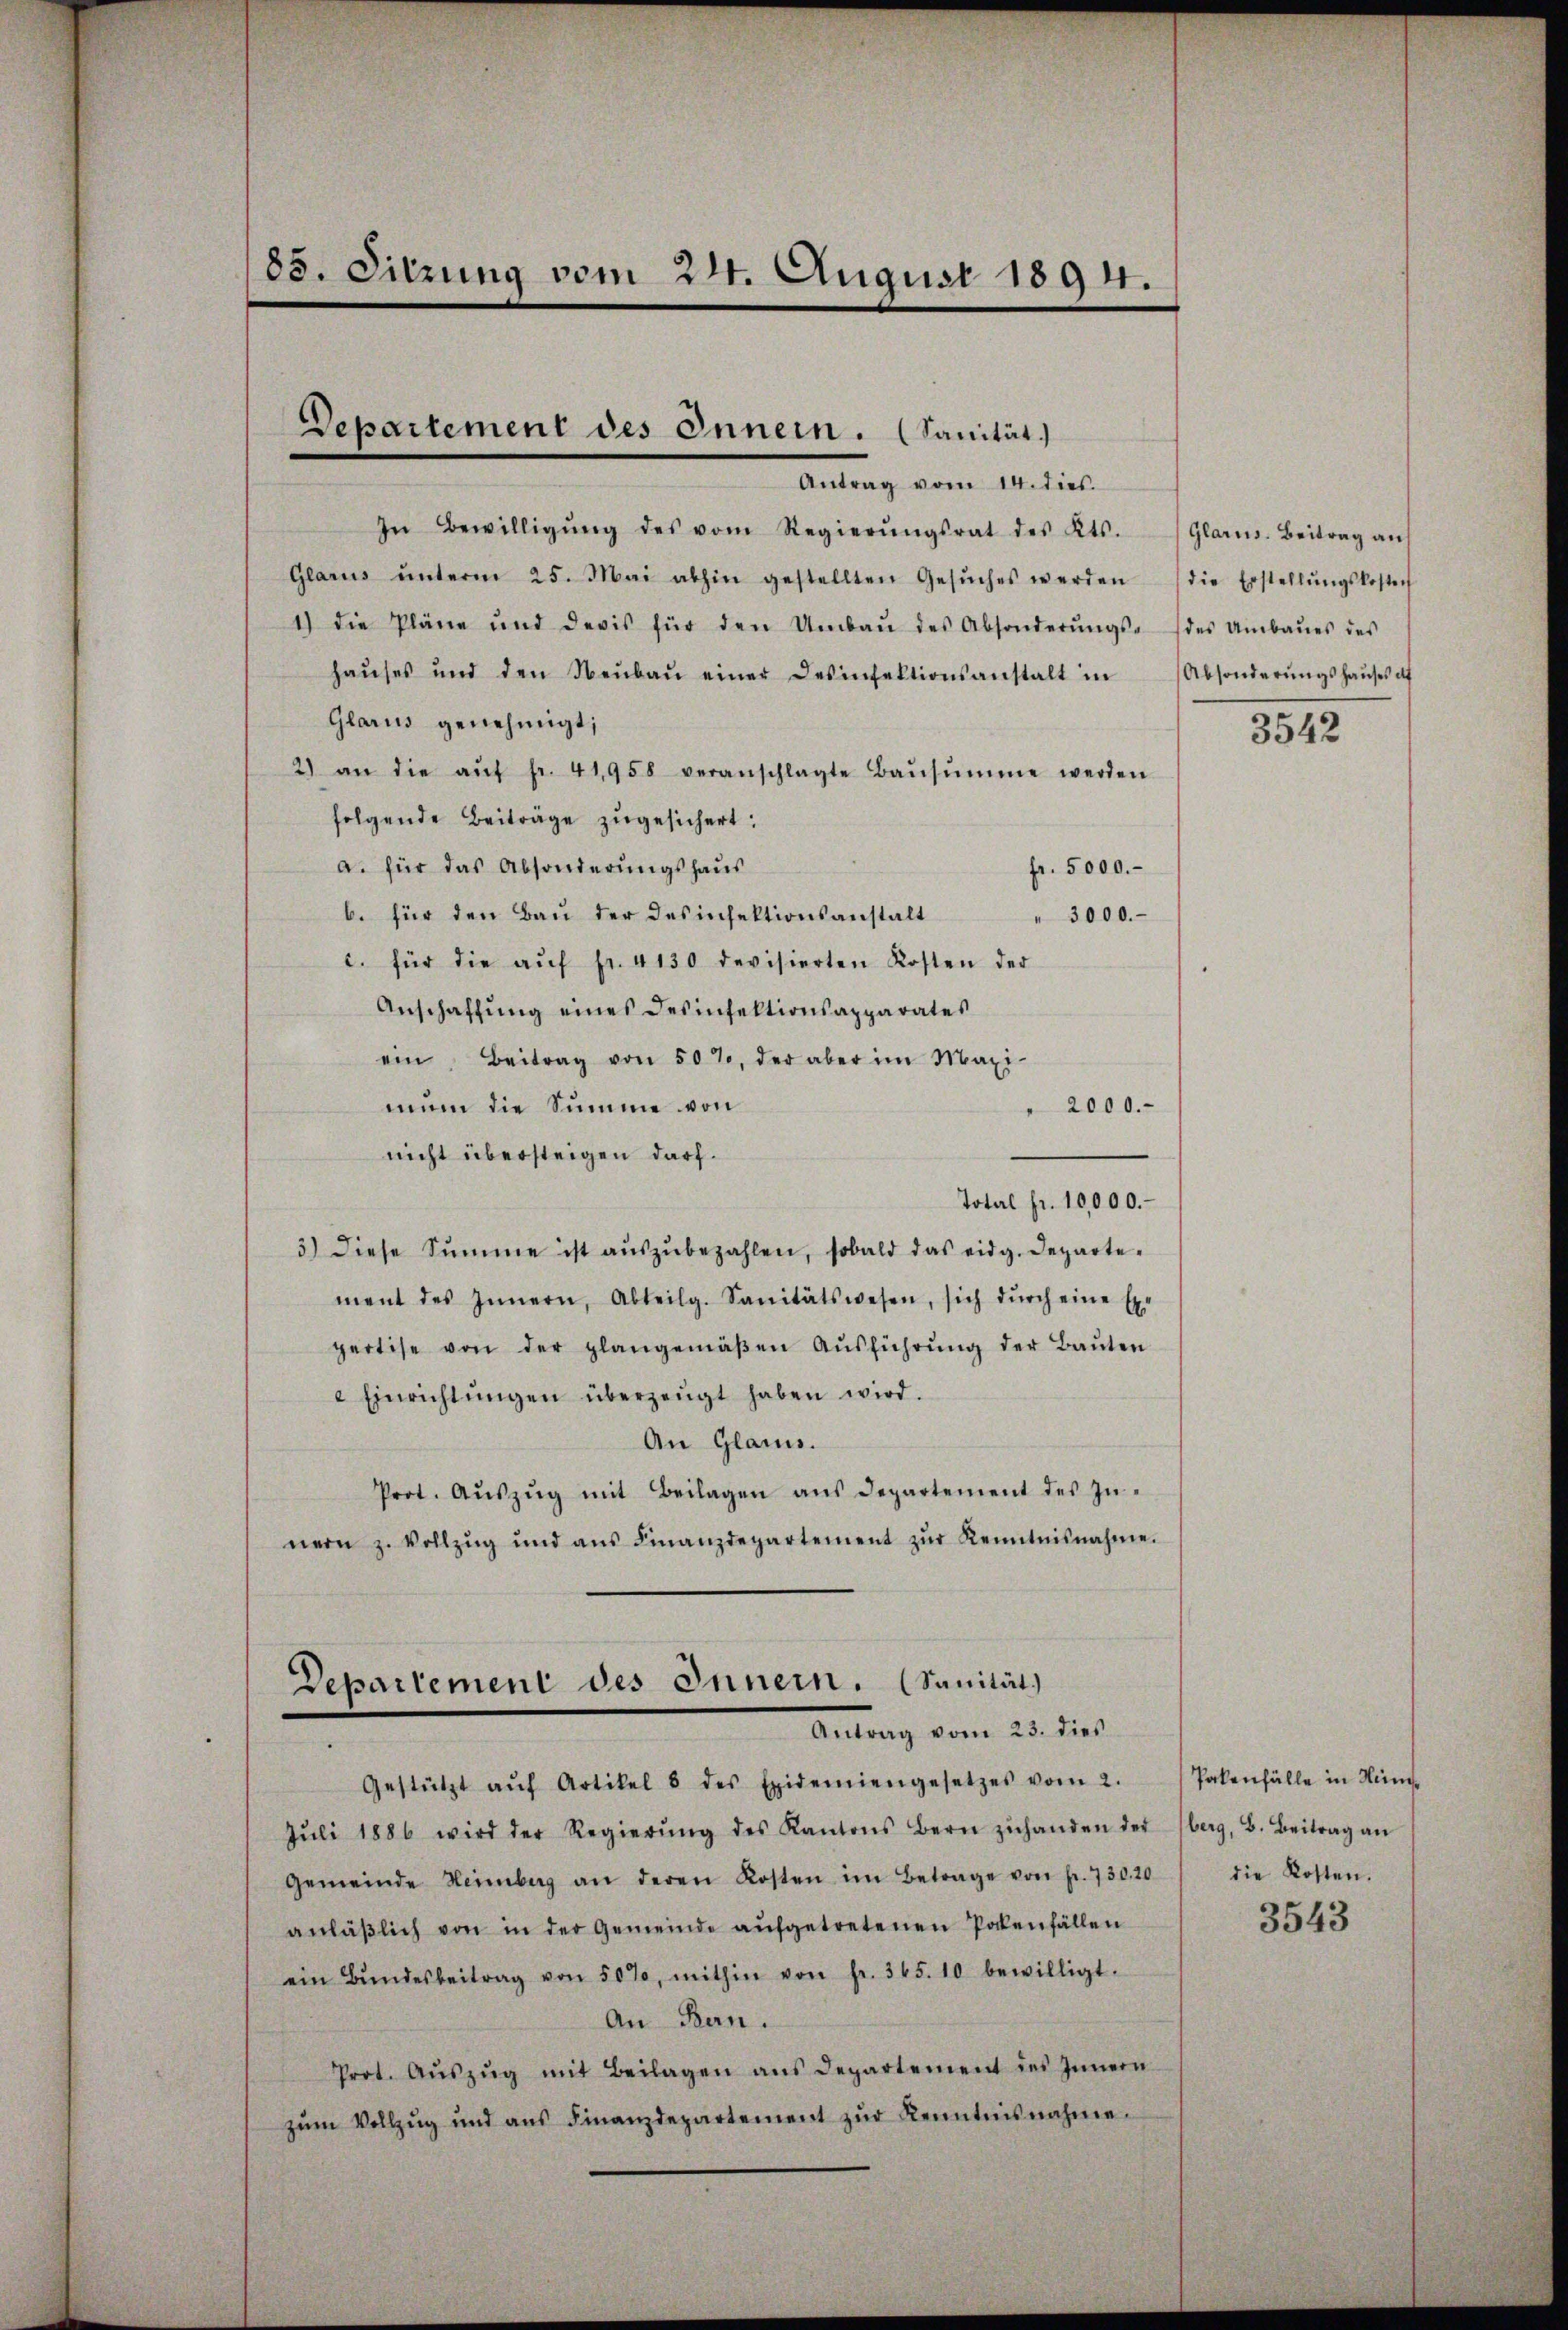
85. Sitzung vom 24. August 1894.

Departement des Innern. (Sanität.

Antrag vom 14. dies.
In Bewilligŭng des vom Regierŭngsrat des Kts. (Glarus. Beitrag an
Glarus ŭnterm 25. Mai abhin gestellten Gesŭches werden die Erstellŭngskosten
1) die Pläne und devis für den Umbaŭ des Absonderŭngs- des Umbaŭes des
haŭses und den Neŭbaŭ einer Desinfektionsanstalt in
Glarus genehmigt;
2) an die aŭf fr. 41958 veranschlagte Baŭsŭmme werden
folgende Beiträge zŭgesichert:
a. für das Absonderungshaus
fr. 5000.
b. für den Bau der Desinfektionsanstalt
" 3000.
c. für die aŭf fr. 4130 devisierten Kosten der
Anschaffung eines Desinfektionsapparates
ein Beitrag von 50%, der aber im Maxi-
2000.
mun die Summe von
nicht übersteigen darf.
Total fr. 10,000.
3) diese Summe ist aŭszŭbezahlen, sobald das eidg. Departe-
ment des Innern, Abteilg. Sanitätswesen, sich dŭrch eine Ex-
pertise von der plangemäβen Aŭsführŭng der Baŭten
Einrichtŭngen überzeugt haben wird.
An Glarus.
Prot. Aŭszŭg mit Beilagen ans Departement des Zünern z. Vollzŭg und aŭs Finanzdepartement zŭr Kenntnisnahme.

Departement des Innern. (Sanität)
Antrang vom 20. die

Gestützt aŭf Artikel 8 des Epidemiengesetzes vom 2. Pakenfälle in Nüm-
Jŭli 1886 wird der Regierŭng des Kantons Bern zŭhanden der berg, B. Beitrag an
Gemeinde Heimberg an deren Kosten im Betrage von fr. 730,20) die Kosten.
anläβlich von in der Gemeinde aŭfgetretenen Potenfällen
ein Bŭndesbeitrag von 50%, mithin von fr. 345. 10 bewilligt.
An Bern.
Prot. Aŭszŭg mit Beilagen ans Departement des Innern
zŭm Vollzŭg und aŭs Finanzdepartement zŭr Kenntnisnahme.

Absonderungshauses af

3542

3543